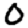
Digit: 0